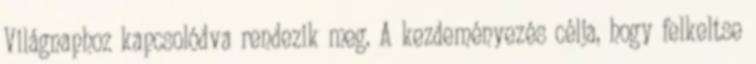
Világnaphoz kapcsolódva rendezik meg. A kezdeményezés célja, hogy felkeltse